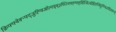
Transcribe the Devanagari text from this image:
क्रिफ्फ्वेक्न्फ्द्जुह्ग्विओल्स्ग्र्म्३फ्ज्निफ्ह्ग्फ्ह्सित्मिज्धेसिउथ्मिदुग्भ्फिउघिउफ्व्न्य्